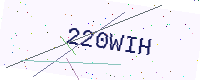
Text: 220WIH